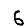
Digit: 6